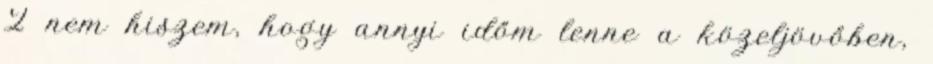
2 nem hiszem, hogy annyi időm lenne a közeljövőben,